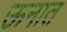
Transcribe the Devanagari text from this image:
ऊनात